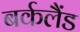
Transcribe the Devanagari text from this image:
बर्कलैंड